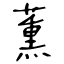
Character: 薫